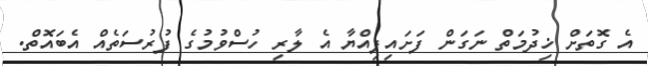
އެ ގޮތަށް ޚިދުމަތް ނަގަން ފަށައިފިއްޔާ އެ ލާރި ހުސްވުމުގެ ފުރުސަތެއް އެބައޮތް.